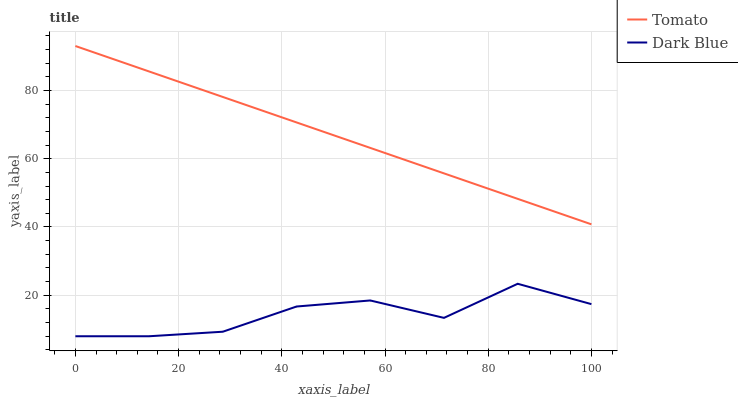
| xaxis_label | Tomato | Dark Blue |
 | --- | --- | --- |
 | 0 | 93 | 8 |
 | 14.3 | 85.5 | 8 |
 | 28.6 | 78.1 | 9.33 |
 | 42.9 | 70.6 | 16.7 |
 | 57.1 | 63.2 | 18.5 |
 | 71.4 | 55.7 | 13.4 |
 | 85.7 | 48.2 | 23.4 |
 | 100 | 40.8 | 17.4 |